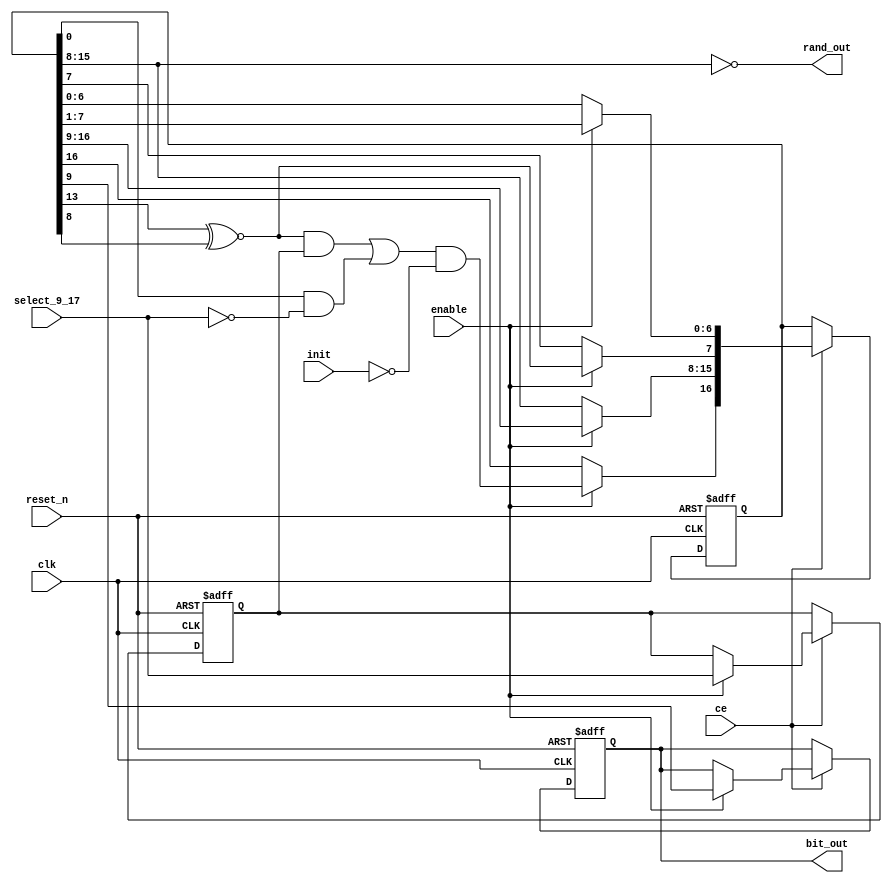
/*---------------------------------------------------------------------------
-- (c) 2013 mark watson
-- I am happy for anyone to use this for non-commercial use.
-- If my vhdl files are used commercially or otherwise sold,
-- please contact me for explicit permission at scrameta (gmail).
-- This applies for source and binary form and derived works.
--
-- Converted to Verilog from original VHDL
--------------------------------------------------------------------------*/

`timescale 1 ps / 1 ps
/* verilator lint_off COMBDLY */
module pokey_poly_17_9(clk, ce, reset_n, enable, select_9_17, init, bit_out, rand_out);
   input        clk;
   input        ce;
   input        reset_n;
   input        enable;
   input        select_9_17;
   input        init;
   
   output       bit_out;
   
   output [7:0] rand_out;
   
   reg [16:0]   shift_reg;
   reg [16:0]   shift_next;
   
   reg          cycle_delay_reg;
   reg          cycle_delay_next;
   
   reg          select_9_17_del_reg;
   reg          select_9_17_del_next;
   
   wire         feedback;
   
   always @(posedge clk or negedge reset_n)
      if (reset_n == 1'b0)
      begin
         shift_reg <= 17'b01010101010101010;
         cycle_delay_reg <= 1'b0;
         select_9_17_del_reg <= 1'b0;
      end
      else  if (ce)
      begin
         shift_reg <= shift_next;
         cycle_delay_reg <= cycle_delay_next;
         select_9_17_del_reg <= select_9_17_del_next;
      end
   
   assign feedback = shift_reg[13] ~^ shift_reg[8];
   
   always @(enable or shift_reg or feedback or select_9_17 or select_9_17_del_reg or init or cycle_delay_reg)
   begin
      shift_next <= shift_reg;
      cycle_delay_next <= cycle_delay_reg;
      select_9_17_del_next <= select_9_17_del_reg;
      
      if (enable == 1'b1)
      begin
         select_9_17_del_next <= select_9_17;
         shift_next[15:8] <= shift_reg[16:9];
         shift_next[7] <= feedback;
         shift_next[6:0] <= shift_reg[7:1];
         
         shift_next[16] <= ((feedback & select_9_17_del_reg) | (shift_reg[0] & (~(select_9_17)))) & (~(init));
         
         cycle_delay_next <= shift_reg[9];
      end
   end
   
   assign bit_out = cycle_delay_reg;
   assign rand_out[7:0] = (~(shift_reg[15:8]));
   
endmodule
/* verilator lint_on COMBDLY */